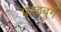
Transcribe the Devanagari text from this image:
फ्राइबुर्ग